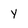
Character: y